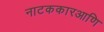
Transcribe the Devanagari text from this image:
नाटककारआणि